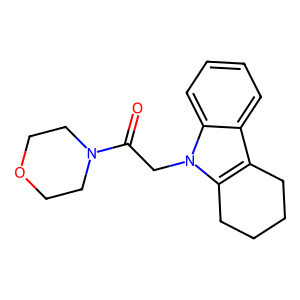
SMILES: O=C(Cn1c2c(c3ccccc31)CCCC2)N1CCOCC1
Inhibits HIV replication: No